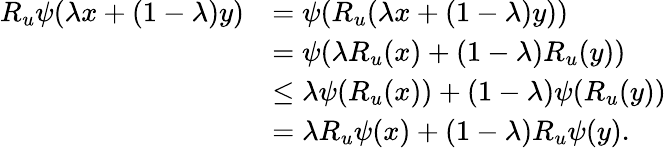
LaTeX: \begin{array}{rl}{R_{u}\psi(\lambda x+(1-\lambda)y)}&{=\psi(R_{u}(\lambda x+(1-\lambda)y))}\\ &{=\psi(\lambda R_{u}(x)+(1-\lambda)R_{u}(y))}\\ &{\leq\lambda\psi(R_{u}(x))+(1-\lambda)\psi(R_{u}(y))}\\ &{=\lambda R_{u}\psi(x)+(1-\lambda)R_{u}\psi(y).}\end{array}